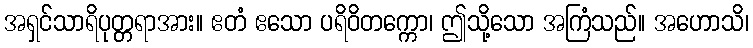
အရှင်သာရိပုတ္တရာအား။ ဧတံ ဧသော ပရိဝိတက္ကော၊ ဤသို့သော အကြံသည်။ အဟောသိ၊